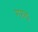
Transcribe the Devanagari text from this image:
गरुढ़